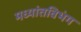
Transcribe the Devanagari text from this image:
मध्यांतविभंग